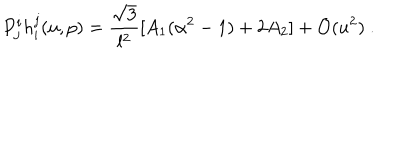
P _ { j } ^ { i } h _ { i } ^ { j } ( u , p ) = \frac { \sqrt { 3 } } { l ^ { 2 } } [ A _ { 1 } ( \alpha ^ { 2 } - 1 ) + 2 A _ { 2 } ] + \mathcal { O } ( u ^ { 2 } ) ~ .